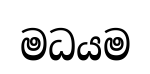
මධයම